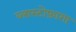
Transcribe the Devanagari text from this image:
ब्लास्टोफ़ागा